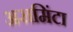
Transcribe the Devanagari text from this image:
अरामिंटा